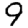
Digit: 9